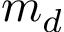
m _ { d }